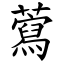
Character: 藛